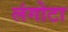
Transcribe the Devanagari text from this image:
लंगोटा